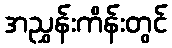
အညွှန်းကိန်းတွင်